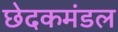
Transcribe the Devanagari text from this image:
छेदकमंडल